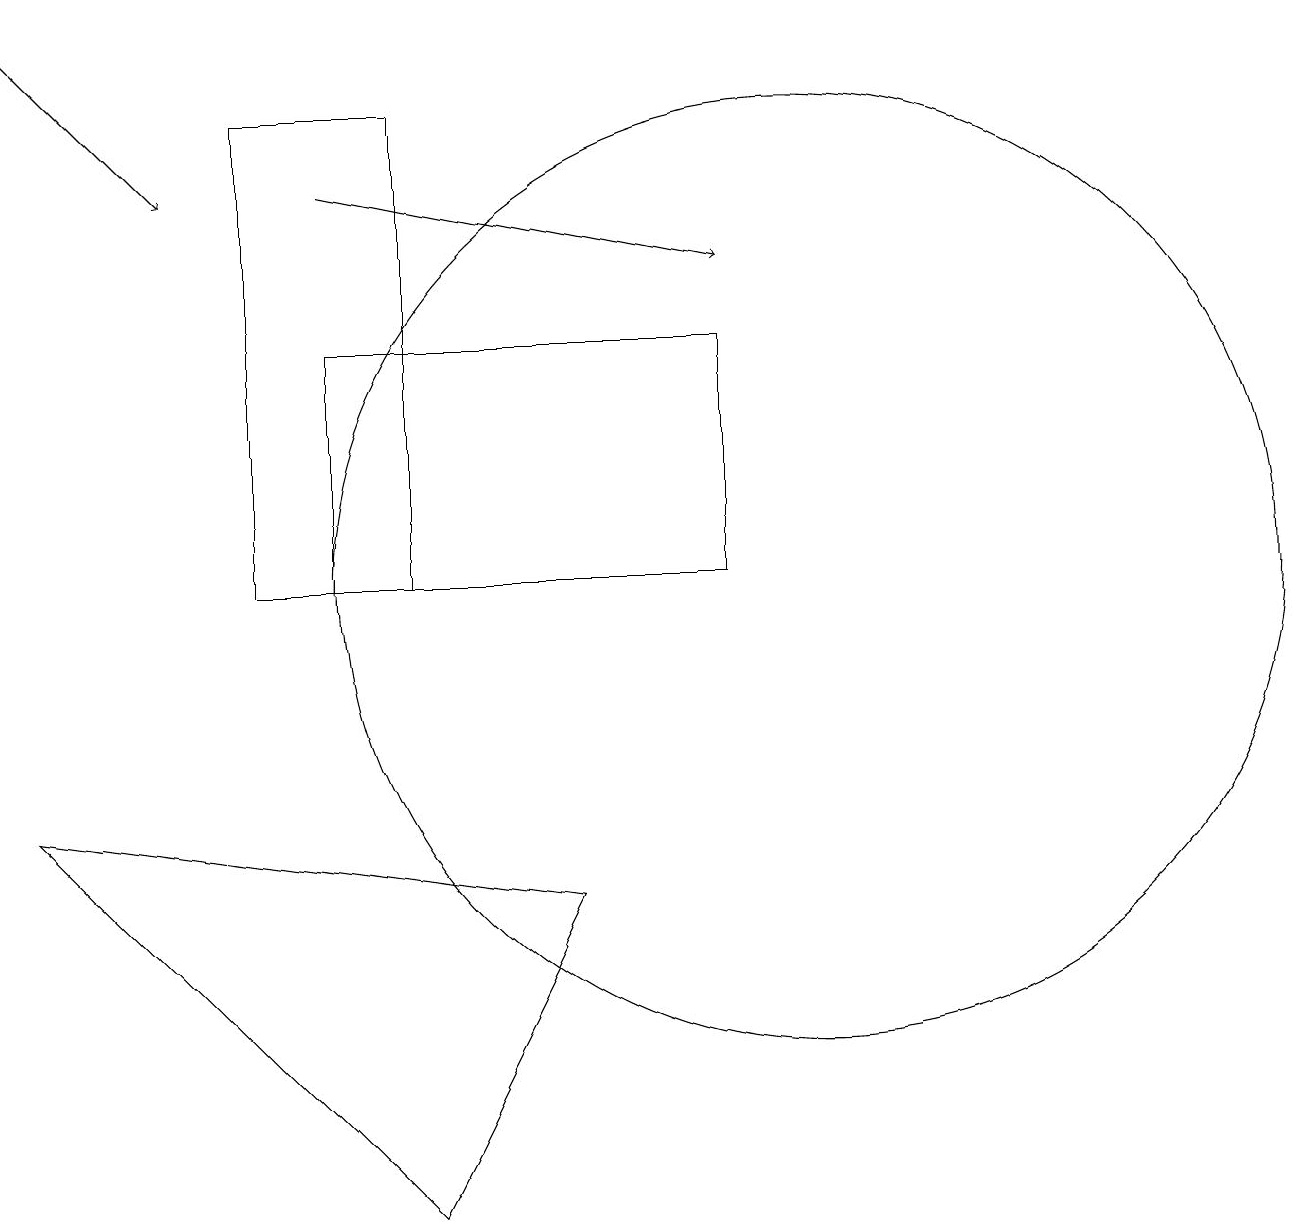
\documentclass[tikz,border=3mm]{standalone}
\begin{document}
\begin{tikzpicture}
\draw[->] (4,15) -- (9,14);
\draw (5,2) -- (7,6) -- (0,7) -- cycle;
\draw (5,10) rectangle (3,16);
\draw[->] (0,17) -- (2,15);
\draw (10,10) circle (6);
\draw (9,13) rectangle (4,10);
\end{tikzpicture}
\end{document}